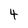
Character: 4